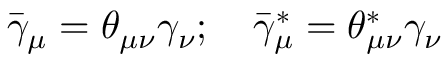
{ \bar { \gamma } } _ { \mu } = \theta _ { \mu \nu } \gamma _ { \nu } ; \quad { \bar { \gamma } } _ { \mu } ^ { * } = \theta _ { \mu \nu } ^ { * } \gamma _ { \nu }